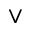
\vee